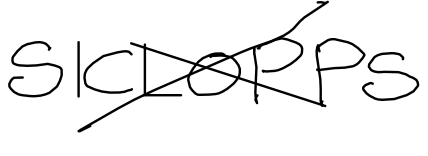
Text: SICLOPPS
Cross-out: cross
Writing tool: digital_black